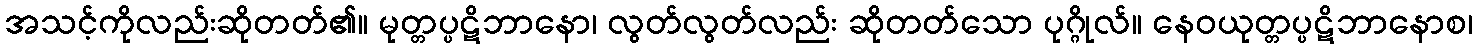
အသင့်ကိုလည်းဆိုတတ်၏။ မုတ္တပ္ပဋိဘာနော၊ လွတ်လွတ်လည်း ဆိုတတ်သော ပုဂ္ဂိုလ်။ နေဝယုတ္တပ္ပဋိဘာနောစ၊